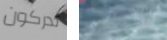
تدركون القبطان